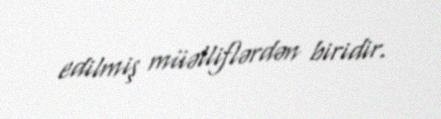
edilmiş müəlliflərdən biridir.